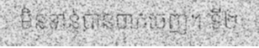
មិនទាន់បានចាកចេញ។ ទី២